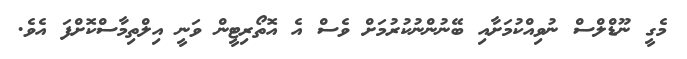
މެގީ ނޫޑްލްސް ނުވިއްކުމަށާއި ބޭނުންނުކުރުމަށް ވެސް އެ އޮތޯރިޓީން ވަނީ އިލްތިމާސްކޮށްފަ އެވެ.